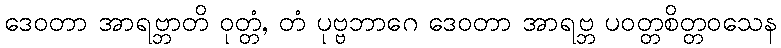
ဒေဝတာ အာရဗ္ဘာတိ ဝုတ္တံ, တံ ပုဗ္ဗဘာဂေ ဒေဝတာ အာရဗ္ဘ ပဝတ္တစိတ္တဝသေန